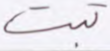
تبت